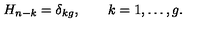
H _ { n - k } = \delta _ { k g } , \qquad k = 1 , \ldots , g .